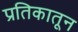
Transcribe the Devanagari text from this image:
प्रतिकातून